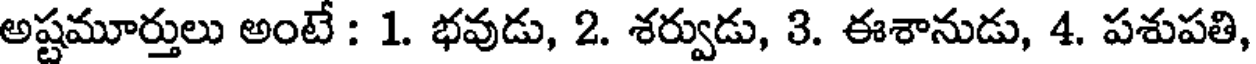
అష్టమూర్తులు అంటే : 1. భవుడు, 2. శర్వుడు, 3. ఈశానుడు, 4. పశుపతి,